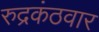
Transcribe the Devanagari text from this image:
रुद्रकंठवार